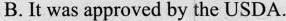
B.It was approved by the USDA.